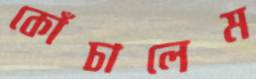
কোঁচালেম